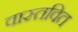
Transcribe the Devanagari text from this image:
वास्तवित